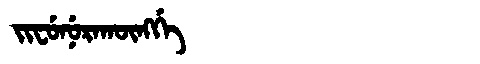
Manchu: ᠵᡳᠸᡠᠨᡠᡵᠠᡴᡡᠩᡤᡝ
Romanization: JIFUNURAKŪNGGE